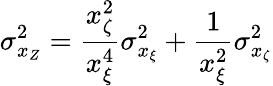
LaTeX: \sigma_{x_{Z}}^{2}=\frac{x_{\zeta}^{2}}{x_{\xi}^{4}}\sigma_{x_{\xi}}^{2}+\frac{1}{x_{\xi}^{2}}\sigma_{x_{\zeta}}^{2}